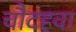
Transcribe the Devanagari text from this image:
चौदहवा